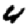
Digit: 4